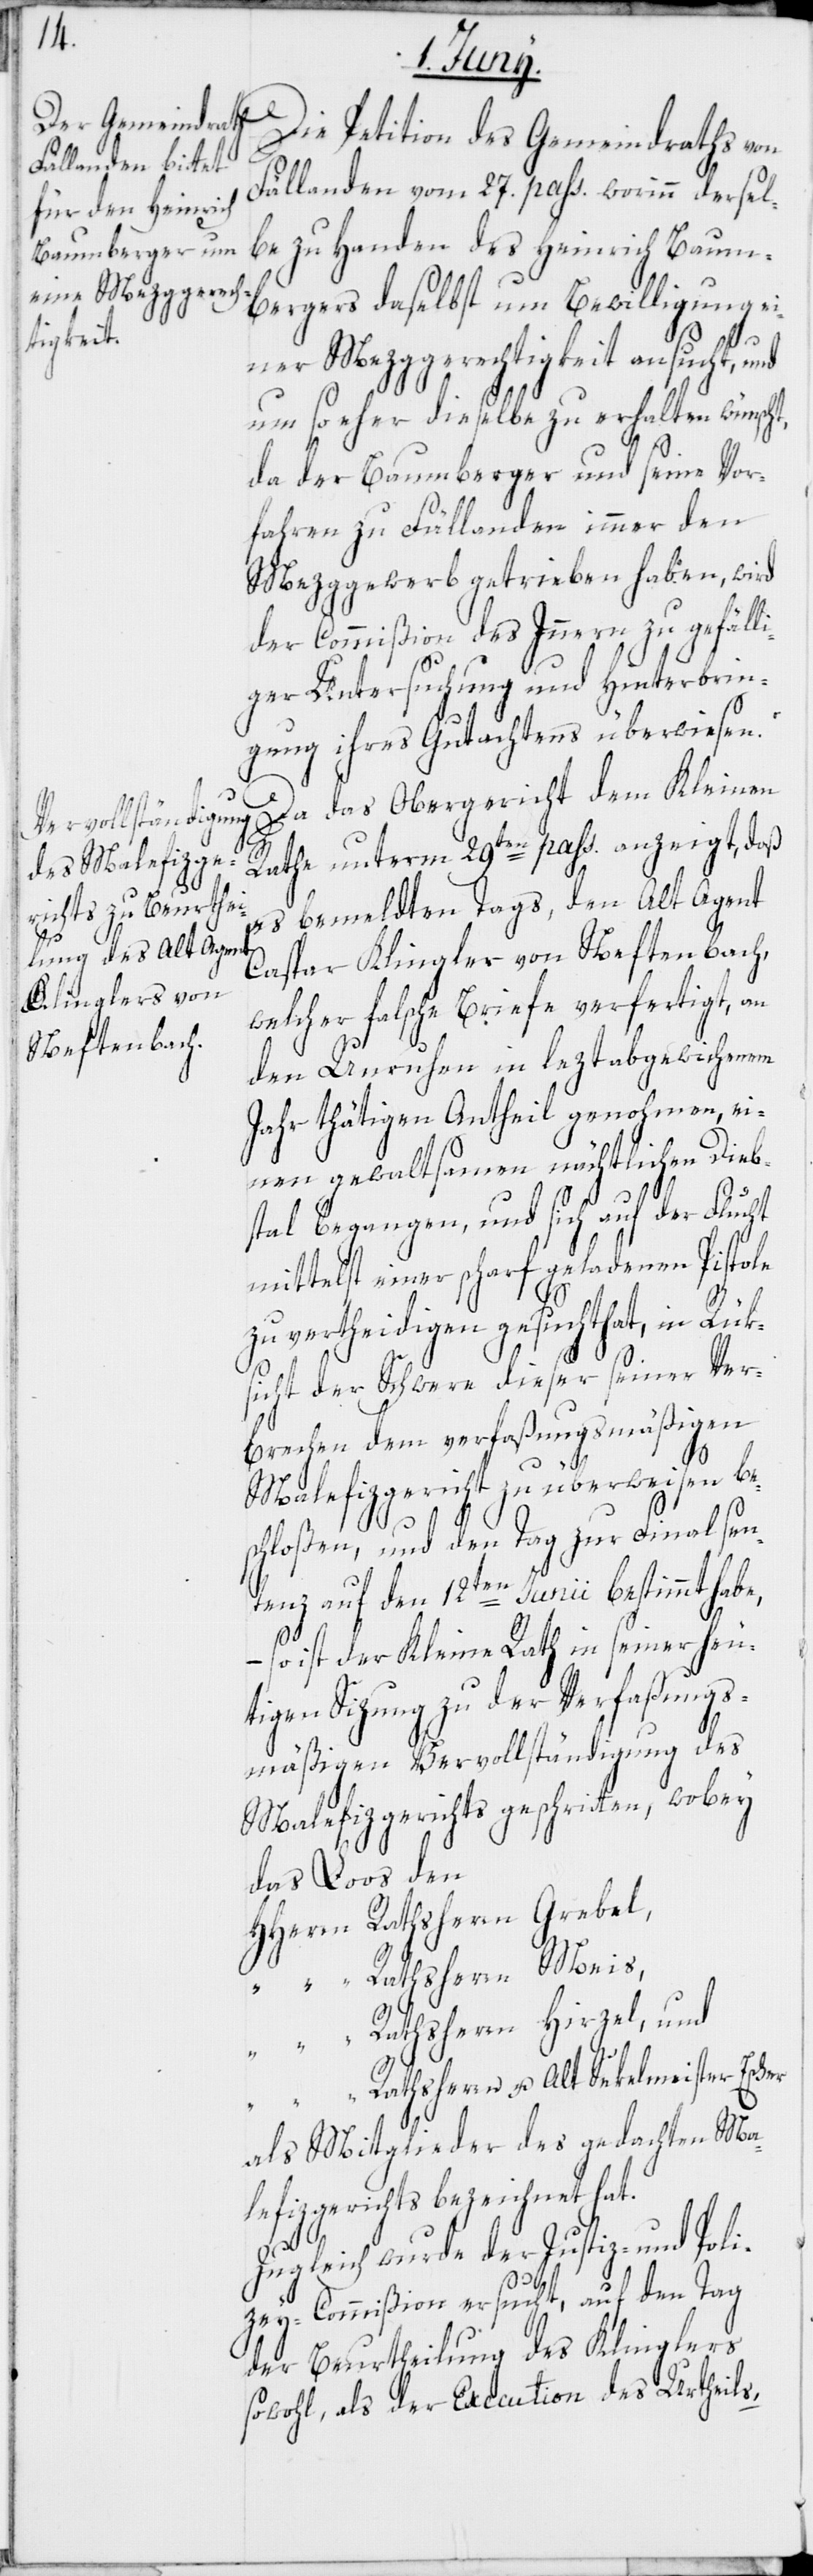
Die Petition des Gemeindraths von
Fällanden vom 27. pass. worinn dersel¬
be zu Handen des Heinrich Baum¬
bergers daselbst um Bewilligung ei¬
ner Mezggerechtigkeit ansucht, und
um so eher dieselbe zu erhalten wünscht,
da der Baumberger und seine Vor¬
fahren zu Fällanden immer den
Mezggewerb getrieben haben, wird
der Commißion des Innern zu gefälli¬
ger Untersuchung und Hinterbrin¬
gung ihres Gutachtens überwiesen.
Da das Obergericht dem Kleinen
Rathe unterm 29ten pass. anzeigt, daß
es bemeldten Tags, den Alt Agent
Caspar Klingler von Neftenbach,
welcher falsche Briefe verfertigt, an
den Unruhen in leztabgewichenem
Jahr thätigen Antheil genohmen, ei¬
nen gewaltsamen nächtlichen Dieb¬
stal begangen, und sich auf der Flucht
mittelst einer scharf geladenen Pistole
zu vertheidigen gesucht hat, in Rüks¬
icht der Schwere dieser seiner Ver¬
brechen dem verfaßungsmäßigen
Malefizgericht zu überweisen be¬
schloßen, und den Tag zur Finalsen¬
tenz auf den 12ten Junii bestimmt habe,
– so ist der Kleine Rath in seiner heu¬
tigen Sizung zu der Verfaßungs¬
mäßigen Vervollständigung des
Malefizgerichts geschritten, wobey
das Loos den
HHerrn Rathsherrn Grebel,
“ Rathsherrn Meis,
“ Rathsherrn Hirzel, und
Rathsherrn u. Alt Sekelmeister Escher
als Mitglieder des gedachten Ma¬
lefizgerichts bezeichnet hat.
Zugleich wurde die Justiz- und Poli¬
zey-Commißion ersucht, auf den Tag
der Beurtheilung des Klinglers
sowohl, als der Execution des Urtheils,